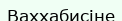
Ваххабисіне